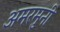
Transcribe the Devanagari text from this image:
अमरमुनी